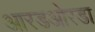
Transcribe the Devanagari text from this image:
आरडओरडा